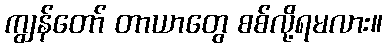
ကျွန်တော် တာယာတွေ စစ်လို့ရမလား။